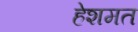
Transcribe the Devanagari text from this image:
हेशमत